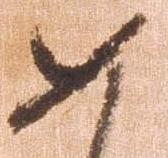
如